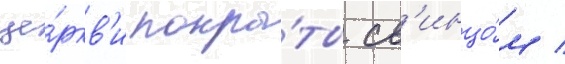
це́ркв'и покры́ты св'инцо́м /